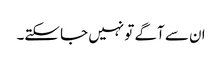
ان سے آگے تو نہیں جا سکتے۔